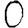
Digit: 0